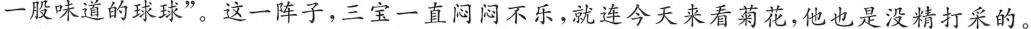
一股味道的球球”。这一阵子，三宝一直闷闷不乐，就连今天来看菊花，他也是没精打采的。